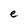
Character: e